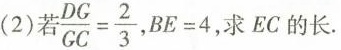
(2)若$$\frac{DG}{GC}= \frac{2}{3}$$, $$BE=4$$,求EC的长.